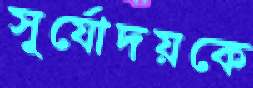
সূর্যোদয়কে